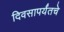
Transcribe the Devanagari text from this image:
दिवसापर्यंतचे